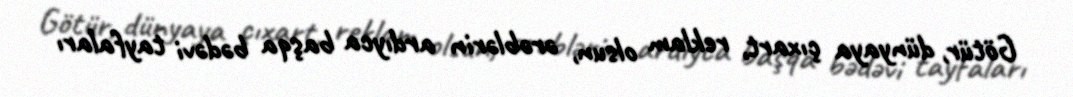
Götür, dünyaya çıxart, reklam olsun, ərəblərin ardıyca başqa bədəvi tayfaları